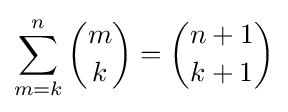
\sum _{m=k}^{n}{\binom {m}{k}}={\binom {n+1}{k+1}}